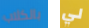
بالكلاب لي